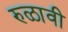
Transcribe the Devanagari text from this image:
रुळावी